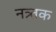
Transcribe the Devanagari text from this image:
नत्र्तक